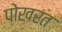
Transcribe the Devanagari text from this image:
पोखरत